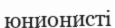
юнионисті